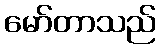
မော်တာသည်